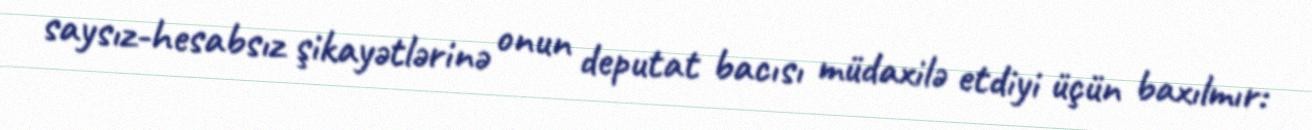
saysız-hesabsız şikayətlərinə onun deputat bacısı müdaxilə etdiyi üçün baxılmır: